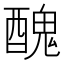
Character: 醜